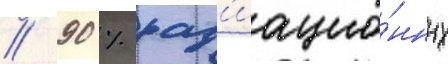
// 90 % рад'иацио́нных